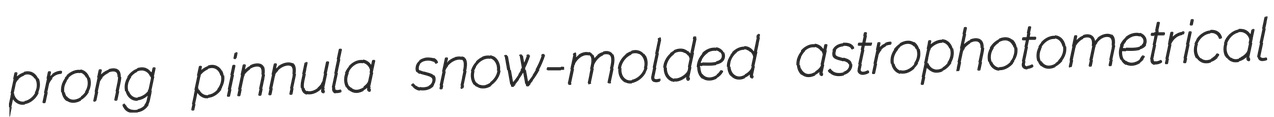
prong pinnula snow-molded astrophotometrical